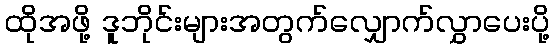
ထိုအဖို့ ဒူဘိုင်းများအတွက်လျှောက်လွှာပေးပို့